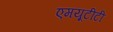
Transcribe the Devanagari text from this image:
एमयूटीटी